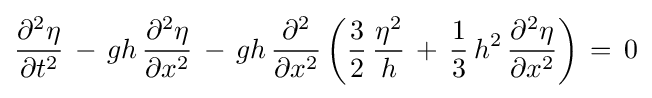
{\frac {\partial ^{2}\eta }{\partial t^{2}}}\,-\,gh\,{\frac {\partial ^{2}\eta }{\partial x^{2}}}\,-\,gh\,{\frac {\partial ^{2}}{\partial x^{2}}}\left({\frac {3}{2}}\,{\frac {\eta ^{2}}{h}}\,+\,{\frac {1}{3}}\,h^{2}\,{\frac {\partial ^{2}\eta }{\partial x^{2}}}\right)\,=\,0